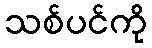
သစ်ပင်ကို